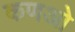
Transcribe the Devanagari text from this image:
कणओ